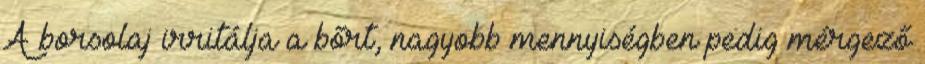
A borsolaj irritálja a bőrt, nagyobb mennyiségben pedig mérgező